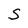
Character: S